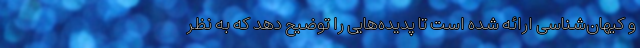
و کیهان‌شناسی ارائه شده‌ است تا پدیده‌هایی را توضیح دهد که به نظر